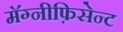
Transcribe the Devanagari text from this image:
मॅग्नीफ़िसेन्ट